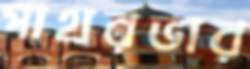
পাথরভার